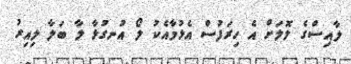
ލާއިސްގެ ލޮލަށް އެ ހިރަފުސް އެޅުމާއެކު ލޯ އުނގުޅާ ލާ ބަލާ ލިއިރު